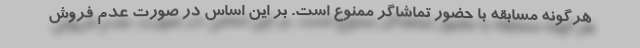
هرگونه مسابقه با حضور تماشاگر ممنوع است. بر این اساس در صورت عدم فروش